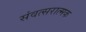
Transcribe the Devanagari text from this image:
संवत्सरात्मक